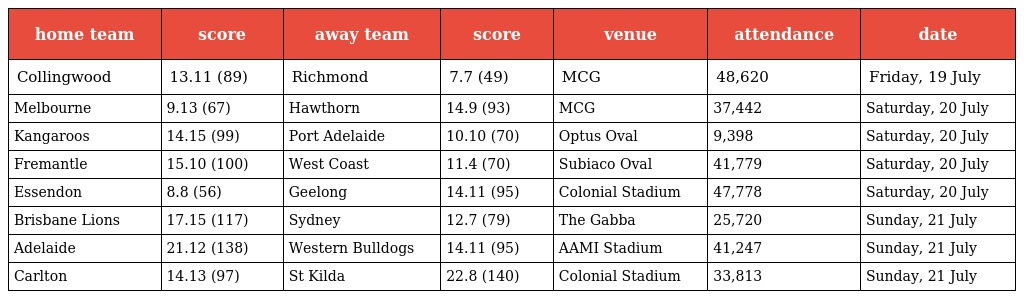
| home team | score | away team | score | venue | attendance | date |
 | --- | --- | --- | --- | --- | --- | --- |
 | Collingwood | 13.11 (89) | Richmond | 7.7 (49) | MCG | 48,620 | Friday, 19 July |
 | Melbourne | 9.13 (67) | Hawthorn | 14.9 (93) | MCG | 37,442 | Saturday, 20 July |
 | Kangaroos | 14.15 (99) | Port Adelaide | 10.10 (70) | Optus Oval | 9,398 | Saturday, 20 July |
 | Fremantle | 15.10 (100) | West Coast | 11.4 (70) | Subiaco Oval | 41,779 | Saturday, 20 July |
 | Essendon | 8.8 (56) | Geelong | 14.11 (95) | Colonial Stadium | 47,778 | Saturday, 20 July |
 | Brisbane Lions | 17.15 (117) | Sydney | 12.7 (79) | The Gabba | 25,720 | Sunday, 21 July |
 | Adelaide | 21.12 (138) | Western Bulldogs | 14.11 (95) | AAMI Stadium | 41,247 | Sunday, 21 July |
 | Carlton | 14.13 (97) | St Kilda | 22.8 (140) | Colonial Stadium | 33,813 | Sunday, 21 July |